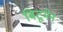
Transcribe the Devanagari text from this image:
बिटूमेन